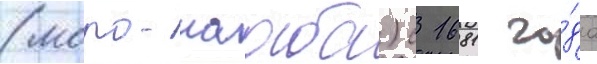
(моро-нааба) с 1681 го́да